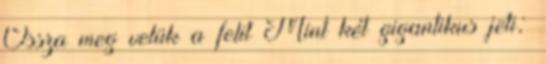
Ossza meg velük a felit Mint két gigantikus jeti;